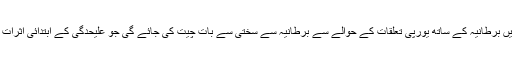
اس عبوری وقت میں برطانیہ کے ساتھ یورپی تعلقات کے حوالے سے برطانیہ سے سختی سے بات چیت کی جائے گی جو علیحدگی کے ابتدائی اثرات میں سے ایک ہے۔